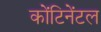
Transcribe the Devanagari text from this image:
कोंटिनेंटल